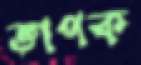
জ্ঞাপক